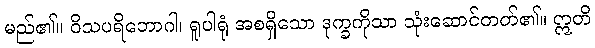
မည်၏။ ဝိသပရိဘောဂါ၊ ရူပါရုံ အစရှိသော ဒုက္ခကိုသာ သုံးဆောင်တတ်၏။ ဣတိ